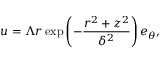
\boldsymbol { u } = \Lambda r \exp \left( - \frac { r ^ { 2 } + z ^ { 2 } } { \delta ^ { 2 } } \right) \boldsymbol { e } _ { \theta } ,